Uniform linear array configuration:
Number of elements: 8
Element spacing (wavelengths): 0.5
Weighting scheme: cosine
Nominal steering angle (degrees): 15
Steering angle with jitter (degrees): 15.832
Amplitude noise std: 0.05
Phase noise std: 0.05

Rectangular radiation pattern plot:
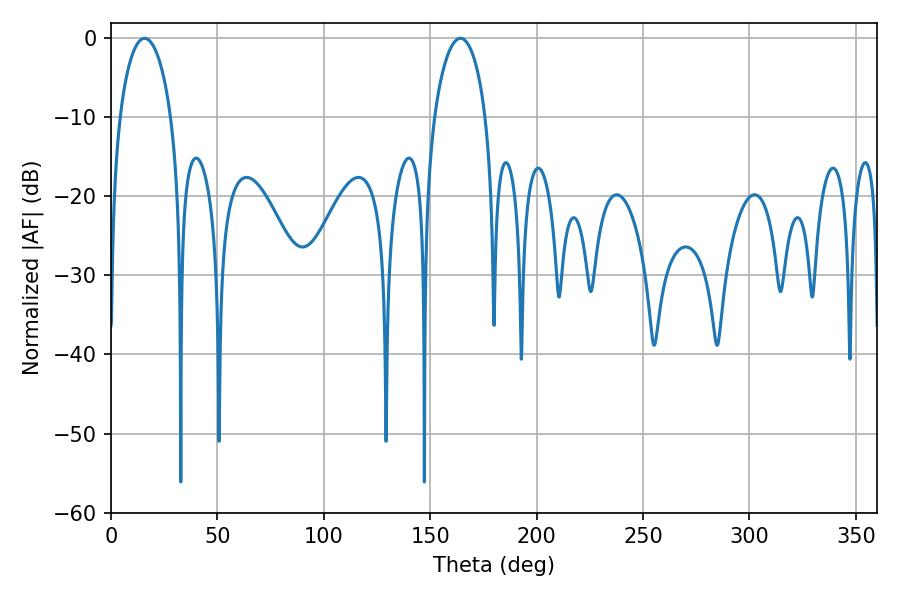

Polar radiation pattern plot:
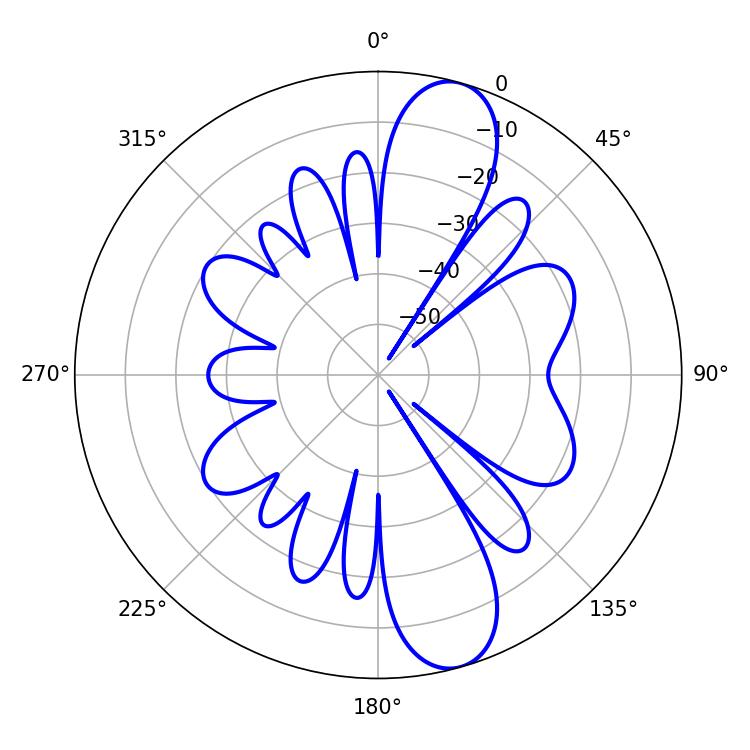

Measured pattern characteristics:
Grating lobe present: FALSE
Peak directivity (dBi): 11.398
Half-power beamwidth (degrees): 13.86
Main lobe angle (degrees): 15.84